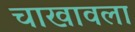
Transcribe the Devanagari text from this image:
चाखावला